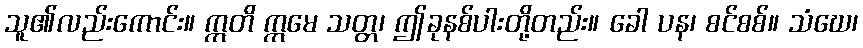
သူ၏လည်းကောင်း။ ဣတိ ဣမေ သတ္တ၊ ဤခုနစ်ပါးတို့တည်း။ ခေါ ပန၊ စင်စစ်။ သံဃေ၊